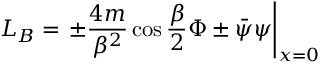
L _ { B } = \left. \pm \frac { 4 m } { \beta ^ { 2 } } \cos \frac { \beta } { 2 } \Phi \pm \bar { \psi } \psi \right| _ { x = 0 }